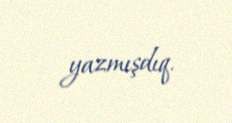
yazmışdıq.